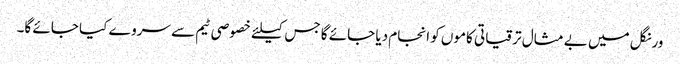
ورنگل میں بے مثال ترقیاتی کاموں کو انجام دیا جائے گا جس کیلئے خصوصی ٹیم سے سروے کیا جائے گا۔